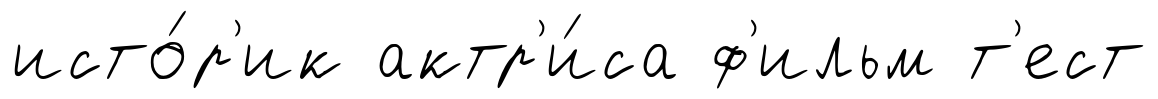
исто́р'ик актр'и́са ф'ильм т'ест